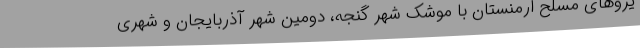
یروهای مسلح ارمنستان با موشک شهر گنجه، دومین شهر آذربایجان و شهری